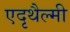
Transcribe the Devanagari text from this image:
एदृथैल्मी